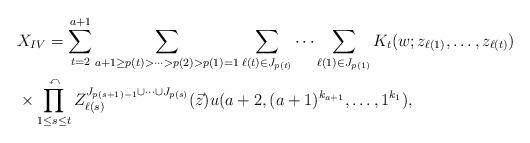
LaTeX: \begin{align*}& X_{IV}=\sum_{t=2}^{a+1}\sum_{a+1 \ge p(t)>\cdots >p(2)>p(1)=1}\sum_{\ell(t)\in J_{p(t)}} \cdots \sum_{\ell(1) \in J_{p(1)}} K_{t}(w; z_{\ell(1)}, \ldots , z_{\ell(t)}) \\ & {}\times \prod_{1\le s \le t}^{\curvearrowleft}Z_{\ell(s)}^{J_{p(s+1)-1}\cup \cdots \cup J_{p(s)}}(\vec{z})u(a+2, (a+1)^{k_{a+1}}, \ldots , 1^{k_{1}}), \end{align*}